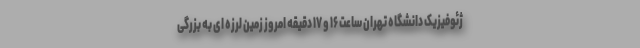
ژئوفیزیک دانشگاه تهران ساعت ۱۶ و ۱۷ دقیقه امروز زمین لرزه ای به بزرگی